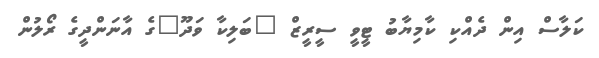
ކަލާސް އިން ދެއްކި ކާމިޔާބު ޓީވީ ސީރީޒް "ބަލިކާ ވަދޫ"ގެ އާނަންދީގެ ރޯލުން